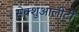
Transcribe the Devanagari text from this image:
सेक्शुआलीटी